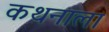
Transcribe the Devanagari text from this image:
कथनाला